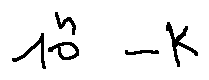
1 0 ^ { n } - k